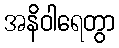
အနိဝါရေတွာ